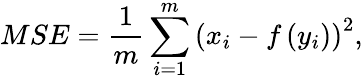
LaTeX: MSE=\frac{1}{m}\sum_{i=1}^{m}\left(x_{i}-f\left(y_{i}\right)\right)^{2},